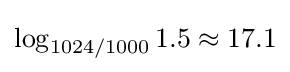
\log _{1024/1000}1.5\approx 17.1